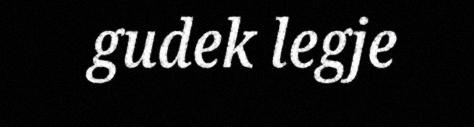
gudek legje